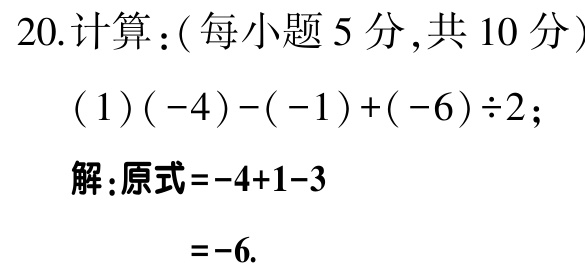
20.计算：(每小题5分,共10分)

(1)$(-4)-(-1)+(-6)\div2$；

解:原式=$-4 + 1 - 3$

=$-6$.